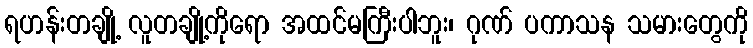
ရဟန်းတချို့ လူတချို့ကိုရော အထင်မကြီးပါဘူး၊ ဂုဏ် ပကာသန သမားတွေကို